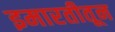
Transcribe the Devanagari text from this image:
इमारतीतून